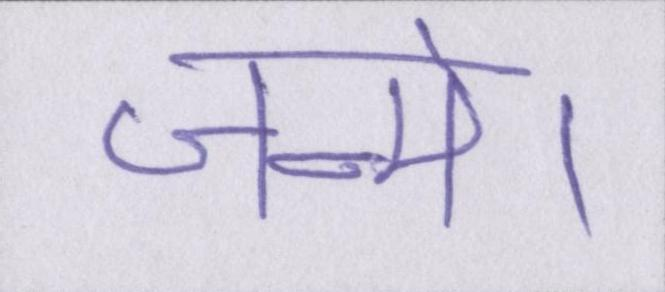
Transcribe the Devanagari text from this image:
जन्मे।